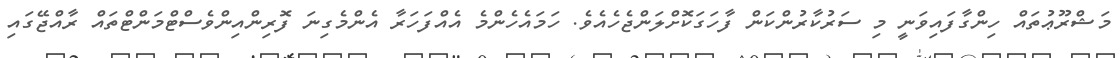
މަޝްރޫޢުތައް ހިންގާފައިވަނީ މި ސަރުކާރުންކަން ފާހަގަކޮށްލަންޖެހެއެވެ. ހަމައެހެންމެ އެއްފަހަރާ އެންމެގިނަ ފޮރިންއިންވެސްޓްމަންޓްތައް ރާއްޖޭގައި